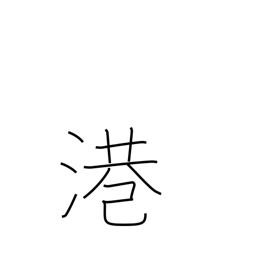
Meaning: harbor